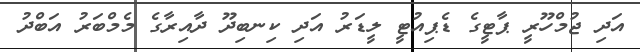
އަދި ޖުމްހޫރީ ޕާޓީގެ ޑެޕިއުޓީ ލީޑަރު އަދި ކިނބިދޫ ދާއިރާގެ މެމްބަރު އަބްދު